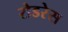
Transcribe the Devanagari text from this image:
रोडरेस